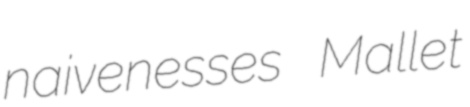
naivenesses Mallet